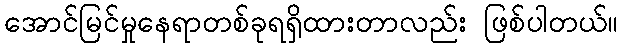
အောင်မြင်မှုနေရာတစ်ခုရရှိထားတာလည်း ဖြစ်ပါတယ်။